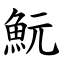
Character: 魭